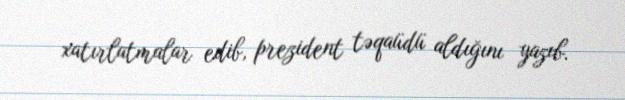
xatırlatmalar edib, prezident təqaüdü aldığını yazıb.